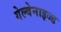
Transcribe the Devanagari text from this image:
गेल्वेनाइज्ड